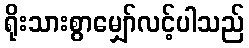
ရိုးသားစွာမျှော်လင့်ပါသည်